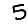
Digit: 5